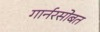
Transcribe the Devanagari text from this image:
गार्नरसोबत